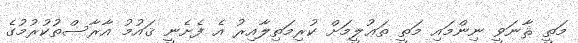
މަތީ ޘާނަވީ ނިންމައި މަތީ ތަޢުލީމަށް ކުރިމަތިލާއިރު އެ ފެށެނީ ޤައުމު އާރާސްތުކުރުމުގެ